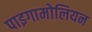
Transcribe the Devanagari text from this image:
पाइगामोलियन